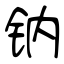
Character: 钠